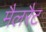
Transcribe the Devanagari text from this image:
मैलरैट